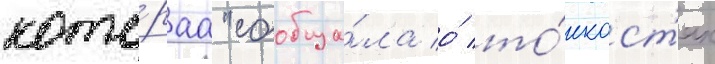
кото́раа "сообща́ла о́ то́нкост'ях